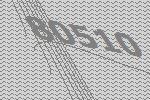
80510